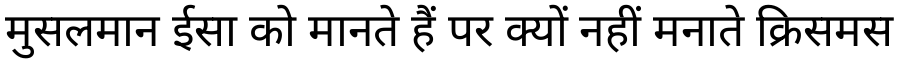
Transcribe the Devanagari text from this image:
मुसलमान ईसा को मानते हैं पर क्यों नहीं मनाते क्रिसमस